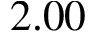
2 . 0 0